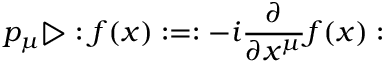
p _ { \mu } \triangleright : f ( x ) : = : - i \frac { \partial } { \partial x ^ { \mu } } f ( x ) :